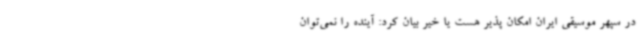
در سپهر موسیقی ایران امکان پذیر هست یا خیر بیان کرد: آینده را نمی‌توان